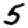
Digit: 5